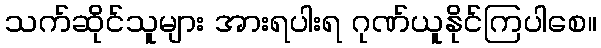
သက်ဆိုင်သူများ အားရပါးရ ဂုဏ်ယူနိုင်ကြပါစေ။